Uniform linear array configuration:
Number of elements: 4
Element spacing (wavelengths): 0.5
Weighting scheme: uniform
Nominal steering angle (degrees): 15
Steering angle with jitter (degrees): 15.522
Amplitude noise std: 0.05
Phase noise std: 0.05

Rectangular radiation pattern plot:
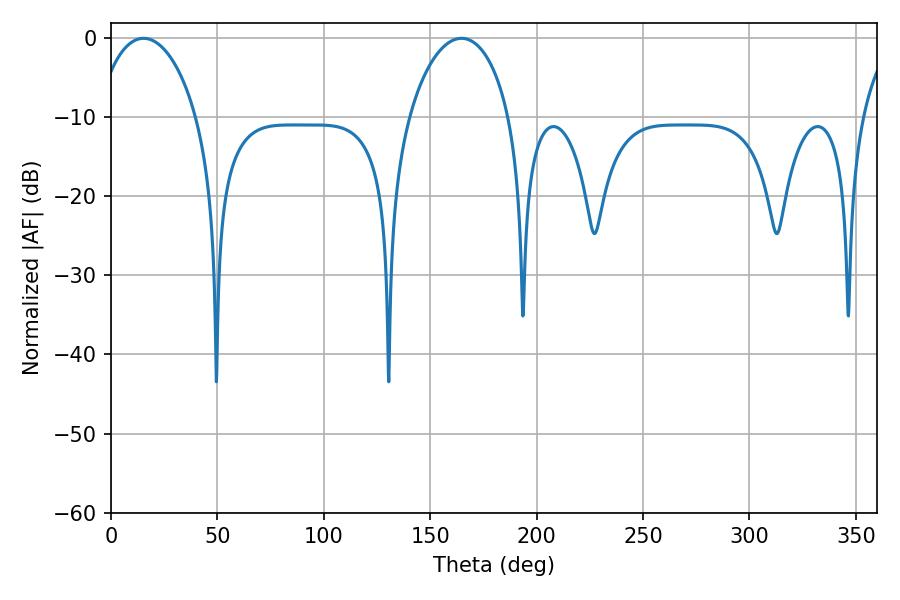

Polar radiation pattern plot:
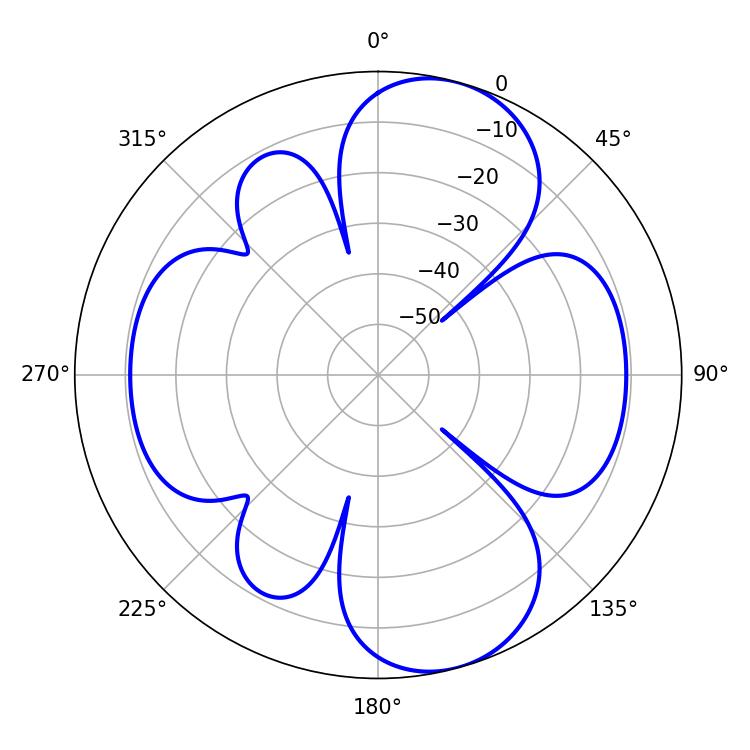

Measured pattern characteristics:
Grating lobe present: FALSE
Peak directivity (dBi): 9.167
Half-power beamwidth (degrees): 27.18
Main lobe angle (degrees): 15.3